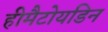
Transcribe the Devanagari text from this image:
हीमैटोयडिन